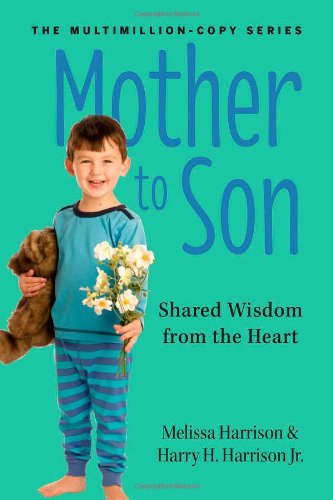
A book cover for Mother to Son, Revised Edition: Shared Wisdom from the Heart; Melissa Harrison; Humor & Entertainment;